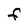
Character: f